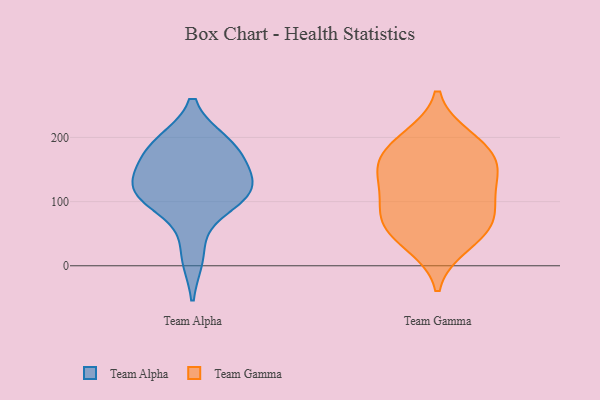
{"axis": {"x": "Demand Index", "y": "Value"}, "legend": ["Team Alpha", "Team Gamma"], "data": [{"x": "", "y": 108, "type": "Team Alpha"}, {"x": "", "y": 123, "type": "Team Alpha"}, {"x": "", "y": 123, "type": "Team Alpha"}, {"x": "", "y": 16, "type": "Team Alpha"}, {"x": "", "y": 190, "type": "Team Alpha"}, {"x": "", "y": 114, "type": "Team Alpha"}, {"x": "", "y": 184, "type": "Team Alpha"}, {"x": "", "y": 102, "type": "Team Alpha"}, {"x": "", "y": 157, "type": "Team Alpha"}, {"x": "", "y": 183, "type": "Team Alpha"}, {"x": "", "y": 198, "type": "Team Gamma"}, {"x": "", "y": 80, "type": "Team Gamma"}, {"x": "", "y": 61, "type": "Team Gamma"}, {"x": "", "y": 58, "type": "Team Gamma"}, {"x": "", "y": 34, "type": "Team Gamma"}, {"x": "", "y": 146, "type": "Team Gamma"}, {"x": "", "y": 187, "type": "Team Gamma"}, {"x": "", "y": 151, "type": "Team Gamma"}, {"x": "", "y": 96, "type": "Team Gamma"}, {"x": "", "y": 123, "type": "Team Gamma"}, {"x": "", "y": 168, "type": "Team Gamma"}]}